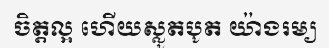
ចិត្តល្អ ហើយស្លូតបូត យ៉ាងរម្យ